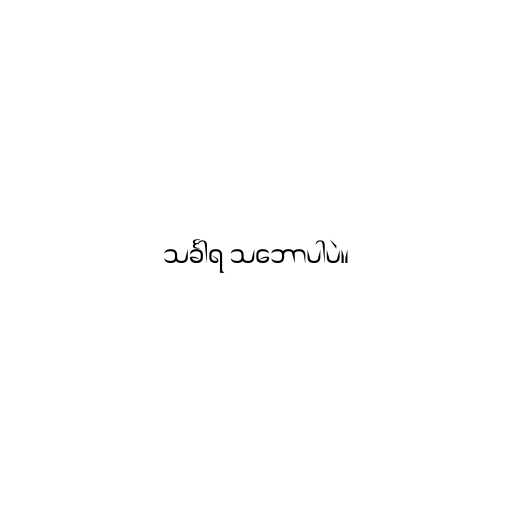
သင်္ခါရ သ‌ဘောပါပဲ။